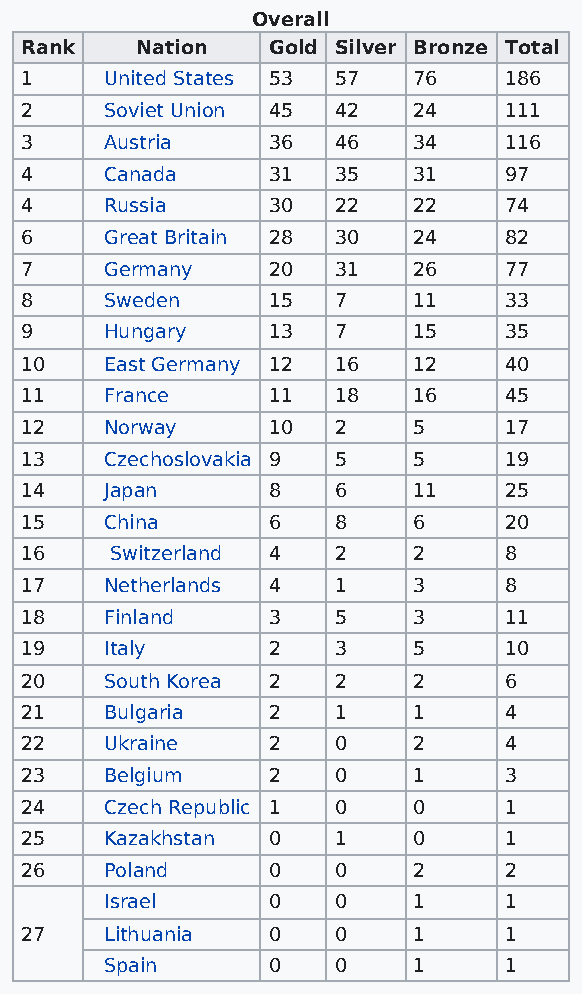
Overall
 Rank    Nation   Gold Silver Bronze Total
 1     United States 53 57 76    186
 2     Soviet Union 45 42  24    111
 3     Austria    36  46   34    116
 4     Canada     31  35   31    97
 4     Russia     30  22   22    74
 6     Great Britain 28 30 24    82
 7     Germany    20  31   26    77
 8     Sweden     15  7    11    33
 9     Hungary    13  7    15    35
 10    East Germany 12 16  12    40
 11    France     11  18   16    45
 12    Norway     10  2    5     17
 13    Czechoslovakia 9 5  5     19
 14    Japan      8   6    11    25
 15    China      6   8    6     20
 16    Switzerland 4  2    2     8
 17    Netherlands 4  1    3     8
 18    Finland    3   5    3     11
 19    Italy      2   3    5     10
 20    South Korea 2  2    2     6
 21    Bulgaria   2   1    1     4
 22    Ukraine    2   0    2     4
 23    Belgium    2   0    1     3
 24    Czech Republic 1 0  0     1
 25    Kazakhstan 0   1    0     1
 26    Poland     0   0    2     2
 Israel     0   0    1     1
 27    Lithuania  0   0    1     1
 Spain      0   0    1     1